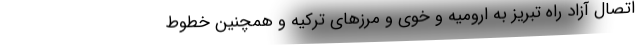
اتصال آزاد راه تبریز به ارومیه و خوی و مرزهای ترکیه و همچنین خطوط